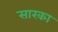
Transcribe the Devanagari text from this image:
सारका